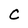
Character: C